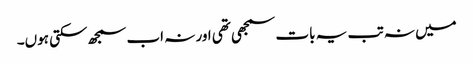
میں نہ تب یہ بات سمجھی تھی اور نہ اب سمجھ سکتی ہوں۔